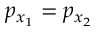
p _ { x _ { 1 } } = p _ { x _ { 2 } }